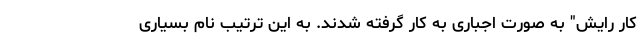
کار رایش" به صورت اجباری به کار گرفته شدند. به این ترتیب نام بسیاری